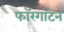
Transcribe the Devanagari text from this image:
फॉरगॉटन